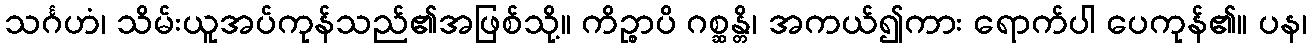
သင်္ဂဟံ၊ သိမ်းယူအပ်ကုန်သည်၏အဖြစ်သို့။ ကိဉ္စာပိ ဂစ္ဆန္တိ၊ အကယ်၍ကား ရောက်ပါ ပေကုန်၏။ ပန၊